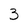
Character: 3